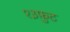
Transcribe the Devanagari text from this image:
१३फ़ुट